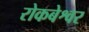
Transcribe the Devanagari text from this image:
रोकबेश्वर